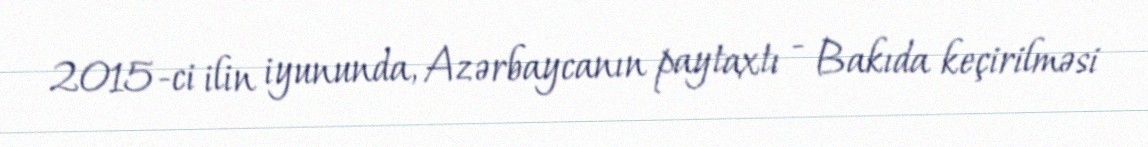
2015-ci ilin iyununda, Azərbaycanın paytaxtı - Bakıda keçirilməsi